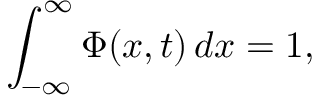
\int _ { - \infty } ^ { \infty } \Phi ( x , t ) \, d x = 1 ,